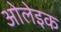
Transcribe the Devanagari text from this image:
ओलेइक